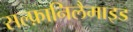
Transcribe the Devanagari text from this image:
सल्फ़ानिलैमाइड